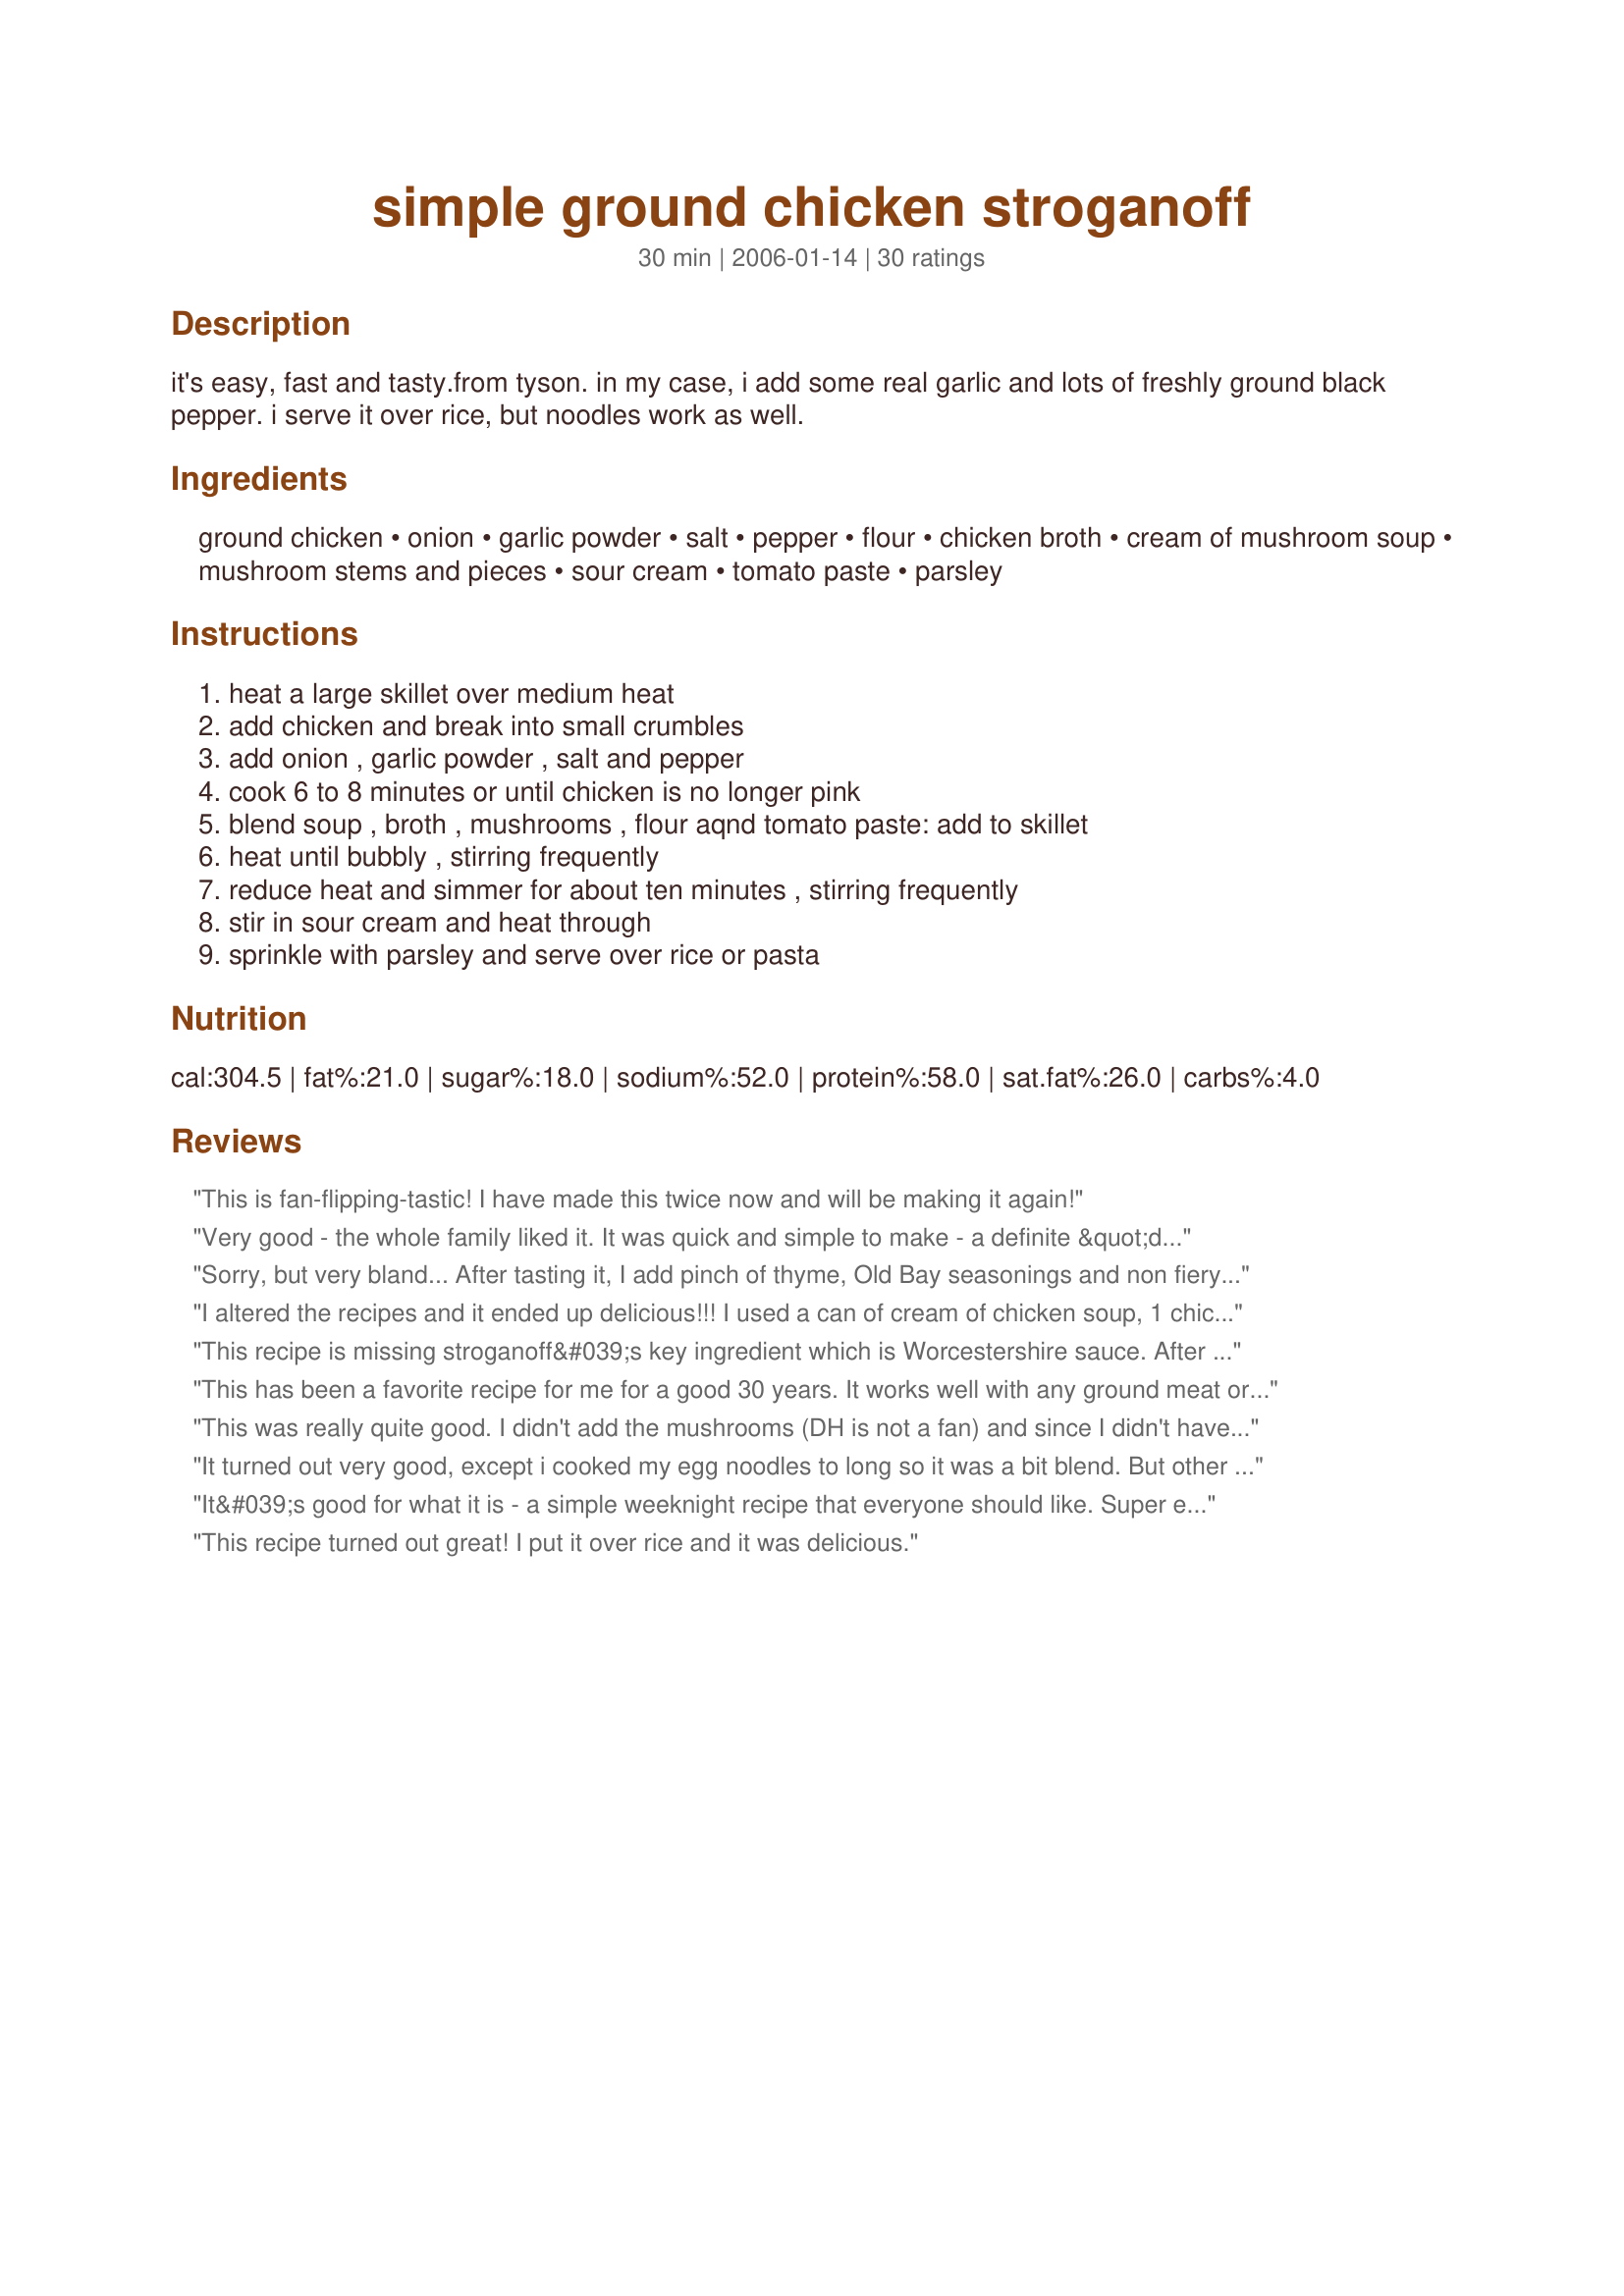
simple ground chicken stroganoff
Preparation time: 30 minutes

it's easy, fast and tasty.from tyson. in my case, i add some real garlic and lots of freshly ground black pepper. i serve it over rice, but noodles work as well.

Ingredients:
ground chicken, onion, garlic powder, salt, pepper, flour, chicken broth, cream of mushroom soup, mushroom stems and pieces, sour cream, tomato paste, parsley

Steps:
heat a large skillet over medium heat, add chicken and break into small crumbles, add onion , garlic powder , salt and pepper, cook 6 to 8 minutes or until chicken is no longer pink, blend soup , broth , mushrooms , flour aqnd tomato paste: add to skillet, heat until bubbly , stirring frequently, reduce heat and simmer for about ten minutes , stirring frequently, stir in sour cream and heat through, sprinkle with parsley and serve over rice or pasta

Reviews:
This is fan-flipping-tastic! I have made this twice now and will be making it again!
Very good - the whole family liked it. It was quick and simple to make - a definite &quot;do over&quot;
Sorry, but very bland... After tasting it, I add pinch of thyme, Old Bay seasonings and non fiery chili powder. Was much better like that. If you like some bold flavours in your food, this is not a recipe for you. But it is a very fast recipe and could be used as a great base for a dish, if you add some vegetables, spices etc. If you make it a little less saucy, you can even eat it in a flour tortilla or a pita bread.
I altered the recipes and it ended up delicious!!! I used a can of cream of chicken soup, 1 chicken bouillon and 1 cup of water instead of using the chicken broth. Also, I did not add the tomato paste. It was awesome, and easy, so I will definitely make it again.
This recipe is missing stroganoff&#039;s key ingredient which is Worcestershire sauce. After adding this to taste the recipe is delicious! I added a bit of mozzarella cheese and served on top of zucchini noodles.
This has been a favorite recipe for me for a good 30 years. It works well with any ground meat or best of all, shredded beef which takes a lot longer due to the slow cook needed on the beef.
This was really quite good. I didn't add the mushrooms (DH is not a fan) and since I didn't have tomato paste I used a squirt of ketchup instead. I also used regular plain yogurt instead of sour cream.

My almost 3 year old son ate three servings and no doubt would have eaten more if there were any left.

I plan on making this again with tomato paste.
It turned out very good, except i cooked my egg noodles to long so it was a bit blend. But other than that my son enjoyed every bit of it. So i think i will be making this again soon ????. Oh and i did use the tomato paste
It&#039;s good for what it is - a simple weeknight recipe that everyone should like. Super easy and tastes pretty good.
This recipe turned out great! I put it over rice and it was delicious.
This recipe was very bland! You will want to add a lot more seasoning for this to be good.
This is a nice one, made it for the kids in a very short time and they were loving it.
Very easy Made Mine Over Rice.
Nice recipe. I used 3x the tomato paste...it added a nice level of flavor.
It is hard to find good recipes using ground chicken. It is healthy but bland. I&#039;m glad I read the reviews first and knew I needed to add more flavor to this since my family likes things really tasty. We are watching our fat and carbs and the basic recipe is low in fat and carbs except for the flour, sour cream and the cream of mushroom soup so I used light sour cream to reduce the fat, used Healthy Request cream of mushroom soup and left out the flour (I found it was plenty thick without it). I used a whole onion, lots of fresh garlic, fresh mushrooms, lots of black pepper, no salt (the mushroom soup and the chicken broth made it plenty salty. I added some thyme and paprika too.Other than leaving out the flour, I added all the ingredients it called for. We served it over whole wheat pasta. It was pretty good but my husband and I both thought we might add a little white wine and/or some Dijon (or other) mustard next time. As someone else commented, it is a good base recipe but just needs some extra flavor.
This was terrific! I served it over noodles and I used ff sour cream, fresh garlic, fresh mushrooms, healthy request soup and low sodium chicken broth. What a great winter dinner!
This is a fantastic recipe! I didn't use the tomato paste and I doubled the garlic. But those were the only changes I made. A huge hit! I'll be making that again and again.
This was delicious and a big hit with my boyfriend. I used fresh garlic, and fresh mushrooms, and substituted plain yogurt for sour cream. It was great! I served it over egg noodles. Can't wait to make again!
I defrosted chicken breasts instead of ground chicken, so I used that. Very good, I think next time I may omit the sour cream, after adding it lost some flavor. Very yummy, quick and easy!
Yup, this is 4 stars! I didn&#039;t put all the broth and the parsley though, but added minced red peppers and carrots, and it was superb! Thanks for this keeper! My kids loved it over rice. :-)
I made this recipe exactly as written and I did not care for the way it turned out at all. I&#039;m giving it 2 stars instead of 1 because my husband ate it. Not something I&#039;ll ever make again but at least it was easy and inexpensive to make.
Really enjoyed this, and am looking forward to eating the rest for lunches this week! I used low fat condensed soup and sour cream, fresh mushrooms, fresh garlic clove, and added a 1/4 tsp of thyme, because I love thyme with chicken and mushrooms. My only regret is using only 4oz of mushrooms instead of 8oz, because they cook so nicely in this sauce.
This recipe wasn&#039;t all that great. I always use Paula Deen&#039;s recipe for stroganoff, but decided to give this one a shot. The biggest thing is that it is very bland. I had to add more spices to make this taste good. I won&#039;t be making this again.
Just made this for dinner tonight and it is really good, I used fresh garlic instead of the powdered and did add the tomatoe paste, served on egg noodles
We loved this dish and it had the right name too. LOL I have to say Chicken at my house even if it is turkey. I made it lighter by using 99% fat free Cream of Mushroom soup and FF sour cream. This is a keeper.
I made this tonight and it was pretty darn good! I don&#039;t know that mine came out like Stroganoff, but was more like SOS. However, I did like it and will probably make it again at some point. I chose this because it seemed fast and easy, but I did make some changes based on what I had read in the reviews and also on what I had on hand. I feared it would be a little on the bland side with the way it was written so I upped the amounts of all the spices and onion. I also did not have tomato paste so rather than leave it out (which I may consider next time), I subbed some tomato sauce. I didn&#039;t use much, but I was a little scared when I saw that it made my sauce a rosy hue!. I also added in a touch of worcestershire sauce per regular stroganoff recipes, careful not to add too much. Maybe a little more than 1/2 tsp.? I used fresh mushrooms because I had a partial open container that I needed to use. I used more chicken broth than was called for as well. After measuring out the one cup for the sauce, I used a little to add to the pan while my chicken was finishing cooking so the pan didn&#039;t get too dry (before I added in the sauce ingredients). It ensured my chicken stayed tender and my pan didn&#039;t dry out. When my sauce was done simmering and it was time to add in the sour cream, I used Mexican Crema because that&#039;s what I had and it was awesome! The rosy hue that I was worried about mellowed out (as well as probably the tomato-y flavor) and my sauce was really creamy. I served mine over steamed rice and it was delish! &lt;br/&gt;*Note~ If you have never tried Mexican style sour cream, do yourself a favor and run to the store right now and get some! It&#039;s soooo good and deliciously creamy you just may never use regular old sour cream again! I find it in the section where they have Mexican cheeses, chorizo, fresh tortillas, etc., not where the regular sour cream is.
Oh my goodness, super yummy! We served this over egg noodles and it was fantastic. Hubby said the leftovers were even better the next day! I didn't add the mushroom pieces and it still turned out just fine!
I'm not usually one to rate recipes, but seeing some of the poor reviews...I felt the need. This recipe is seriously delicious! It's not some gourmet dish, but it is REALLY good! I did change the amounts of pepper & garlic. Also, I did not have cream of mushroom...I had cream of onion on hand & it was awesome! We served ours over egg noodles. My 12 year old & husband both went back for HUGE second servings!!!! I am definitely keeping this recipe! I hope you will give it a try...you won't be disappointed!
Wow - was this a hit at OUR house?! I doubled the onion and added copious amounts of both salt and pepper, but other than that, exactly as written. Yummy - thanks!
This was wonderful! The only change that I had to make was to use Golden Mushroom Soup instead of Cream of Mushroom. I served it over brown rice. I will be making this again. Made for MEP's cook-a-thon.
